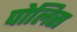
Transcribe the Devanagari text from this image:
पोलिस